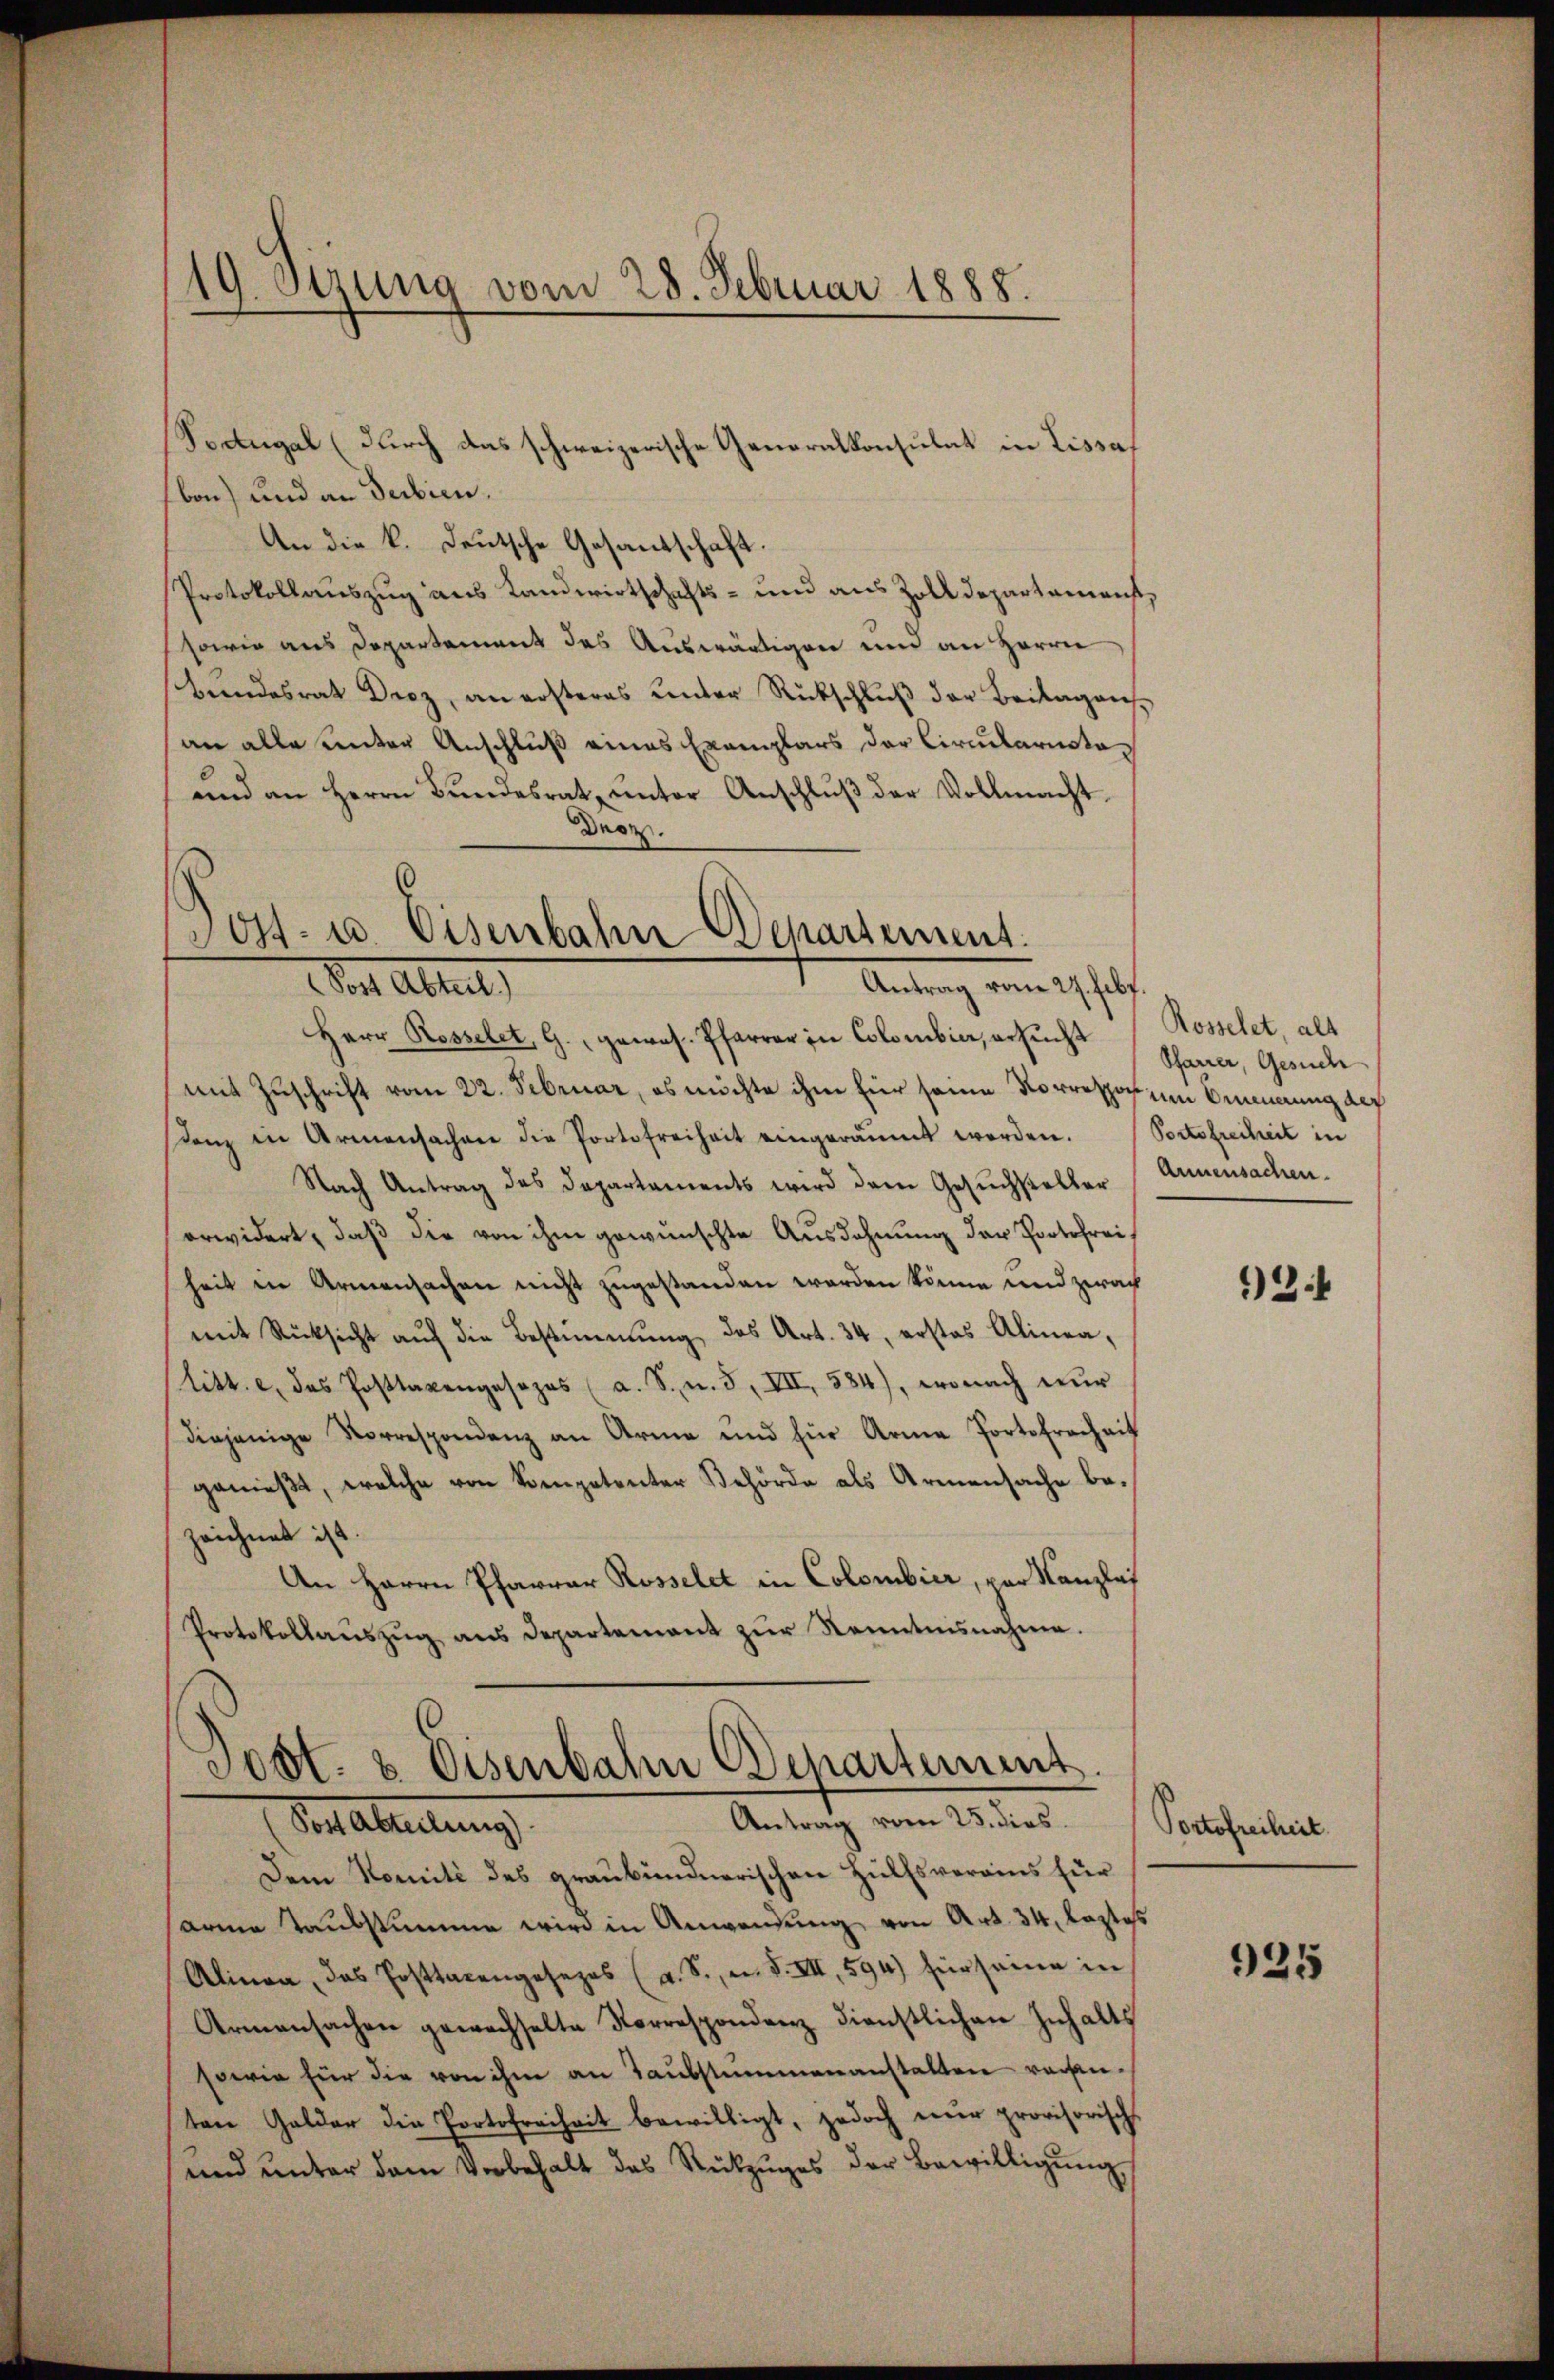
19. Sizung vom 28. Februar 1888.

Soangal (durch das schweizerische Generalkonsulat in Lissabon) und an Serbien.
An die k. Deutsche Gesandschaft.
Protokollauszug aus Landwirtschafts- und aus Zolldepartamenst,
sowie aus Departement des Auswärtigen und an Herrn
beindesrat Droz, an ersteres unter Rückschluß der Beilagensan alle unter Anschluß eines Exemplars der Circularistoŭnd an Herrn Bŭndesrat ŭnter Anschlŭβ der Vollmacht-
Droz.

Sost- u. Osenbahn Departement:
Antrag vom 27. Febr.
Von Altert,

Herr Rosselet, G., gewes. Pfarrer in Colombier, ersucht
mit Zuschrift vom 22. Februar, es möchte ihm für seine Korrespor um Ommmung auf
stanz in Armensachen die Portofreiheit eingeräumt worden. Doctofreiheit in
Nach Antrag des Departaments wird dem Gesŭchsteller Armensachen.
erwidert, daß die von ihm gewünschte Ausdehnung der Portofreiheit in Armensachen nicht zugestanden werden könne und zwach
mit Rücksicht aŭf die Bestimmung des Art. 34, erstes Alinea,
litt. c. das Posttaxengesezes (a. S., n. 5, VII, 584), wonach nŭr
diejenige Vorrespondenz an Arme und für Arme Portofrechnit
genießt, welche von kompetenter Behörde als Armensache bezeichnet ist.
An Herrn Pfarrar Rosselet in Colombier, vor Kanzlis
Protokollaŭszŭg ans Departement zŭr Kenntnisnahme.

Post- & Eisenbahn Departement.
Antrag vom 25. dies
Vor Abteilung

Dem Komité des graubündnerischen Hülfsverains für
arme Taubstumme wird in Anwendung von Art. 34, lastes
Alinea, das Posttarengesezes (a. S., n. F. VII, 594) für seine in
Armensachen gewechselte Korrespondenz dienstlichen Inhalts
sowie für die von ihm an Taubstummenanstalten rechenten Gelder die Portofreiheit bewilligt, jedoch nur provisorisch
und unter dem Vorbehalt des Rückzŭges der Bewilligŭng

Rosselet, alt
Pfarrer, Gesuch

3

Portofreiheit.

925